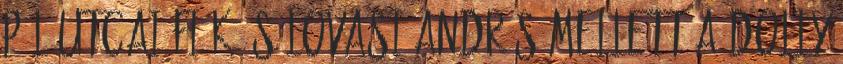
Pál utcai fiúk és Lovasi András mellett a Dolly